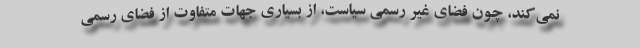
نمی‌کند، چون فضای غیر رسمی سیاست، از بسیاری جهات متفاوت از فضای رسمی